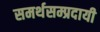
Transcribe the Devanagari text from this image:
समर्थसम्प्रदायी